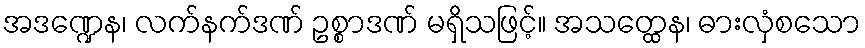
အဒဏ္ဍေန၊ လက်နက်ဒဏ် ဥစ္စာဒဏ် မရှိသဖြင့်။ အသတ္ထေန၊ ဓားလှံစသော